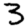
Digit: 3